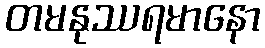
တမနုဿရမာနော